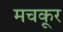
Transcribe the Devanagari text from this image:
मचकूर